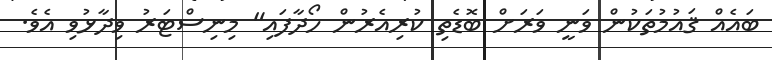
ބައެއް ޤައުމުތަކުން ވަނީ ވަރަށް ބޮޑެތި ކުރިއެރުން ހޯދާފައި" މިނިސްޓަރު ވިދާޅުވި އެވެ.